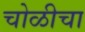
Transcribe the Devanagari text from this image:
चोळीचा